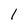
Character: 1